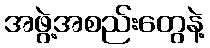
အဖွဲ့အစည်းတွေနဲ့